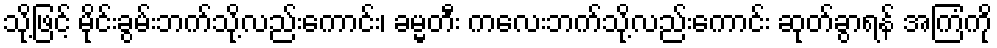
သို့ဖြင့် မိုင်းခွမ်းဘက်သို့လည်းကောင်း၊ ခမ္မတီး ကလေးဘက်သို့လည်းကောင်း ဆုတ်ခွာရန် အကြံကို